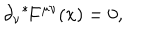
LaTeX: \partial _ { \nu } { } ^ { * } \! F ^ { \mu \nu } ( x ) = 0 ,